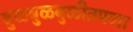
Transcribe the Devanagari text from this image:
बुळबुळबुळीतपणा